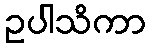
ဥပါသိကာ